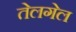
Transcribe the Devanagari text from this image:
तेलगेल